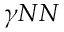
\gamma N N